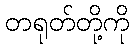
တရုတ်တို့ကို